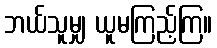
ဘယ်သူမျှ ယူမကြည့်ကြ။